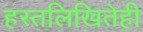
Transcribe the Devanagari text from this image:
हस्तलिखितेही